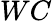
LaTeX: WC